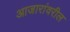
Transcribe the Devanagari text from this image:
आजारांवरील